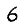
Digit: 6